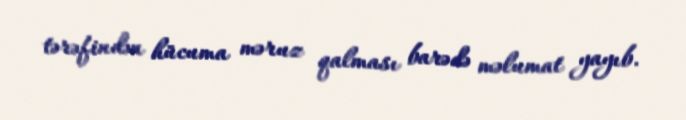
tərəfindən hücuma məruz qalması barədə məlumat yayıb.